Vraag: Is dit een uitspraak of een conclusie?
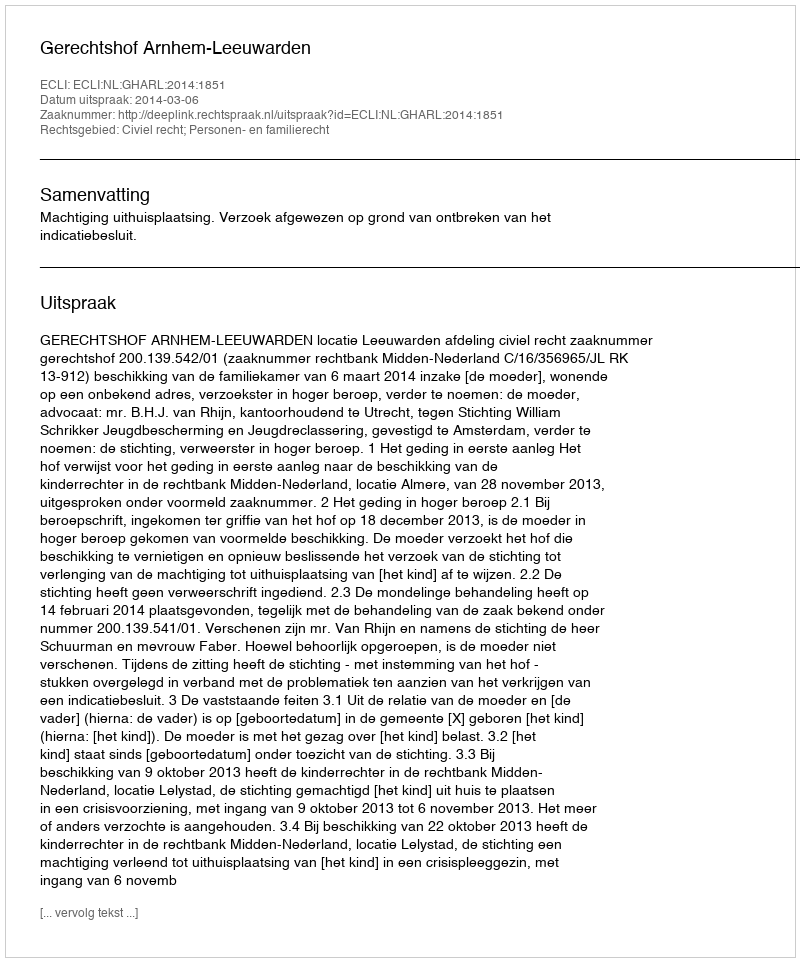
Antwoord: Uitspraak